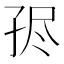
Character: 𡥧